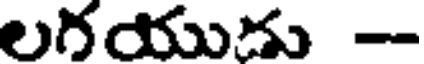
లగయుడు -